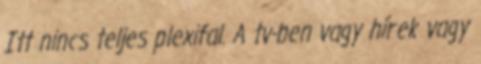
Itt nincs teljes plexifal. A tv-ben vagy hírek vagy